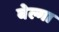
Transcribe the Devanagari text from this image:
बेल्गा